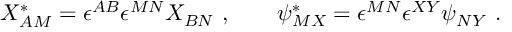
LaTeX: X _ { A M } ^ { * } = \epsilon ^ { A B } \epsilon ^ { M N } X _ { B N } \ , \qquad \psi _ { M X } ^ { * } = \epsilon ^ { M N } \epsilon ^ { X Y } \psi _ { N Y } \ .